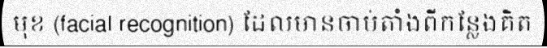
មុខ (facial recognition) ដែលមានចាប់តាំងពីកន្លែងគិត